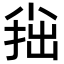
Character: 𡮍